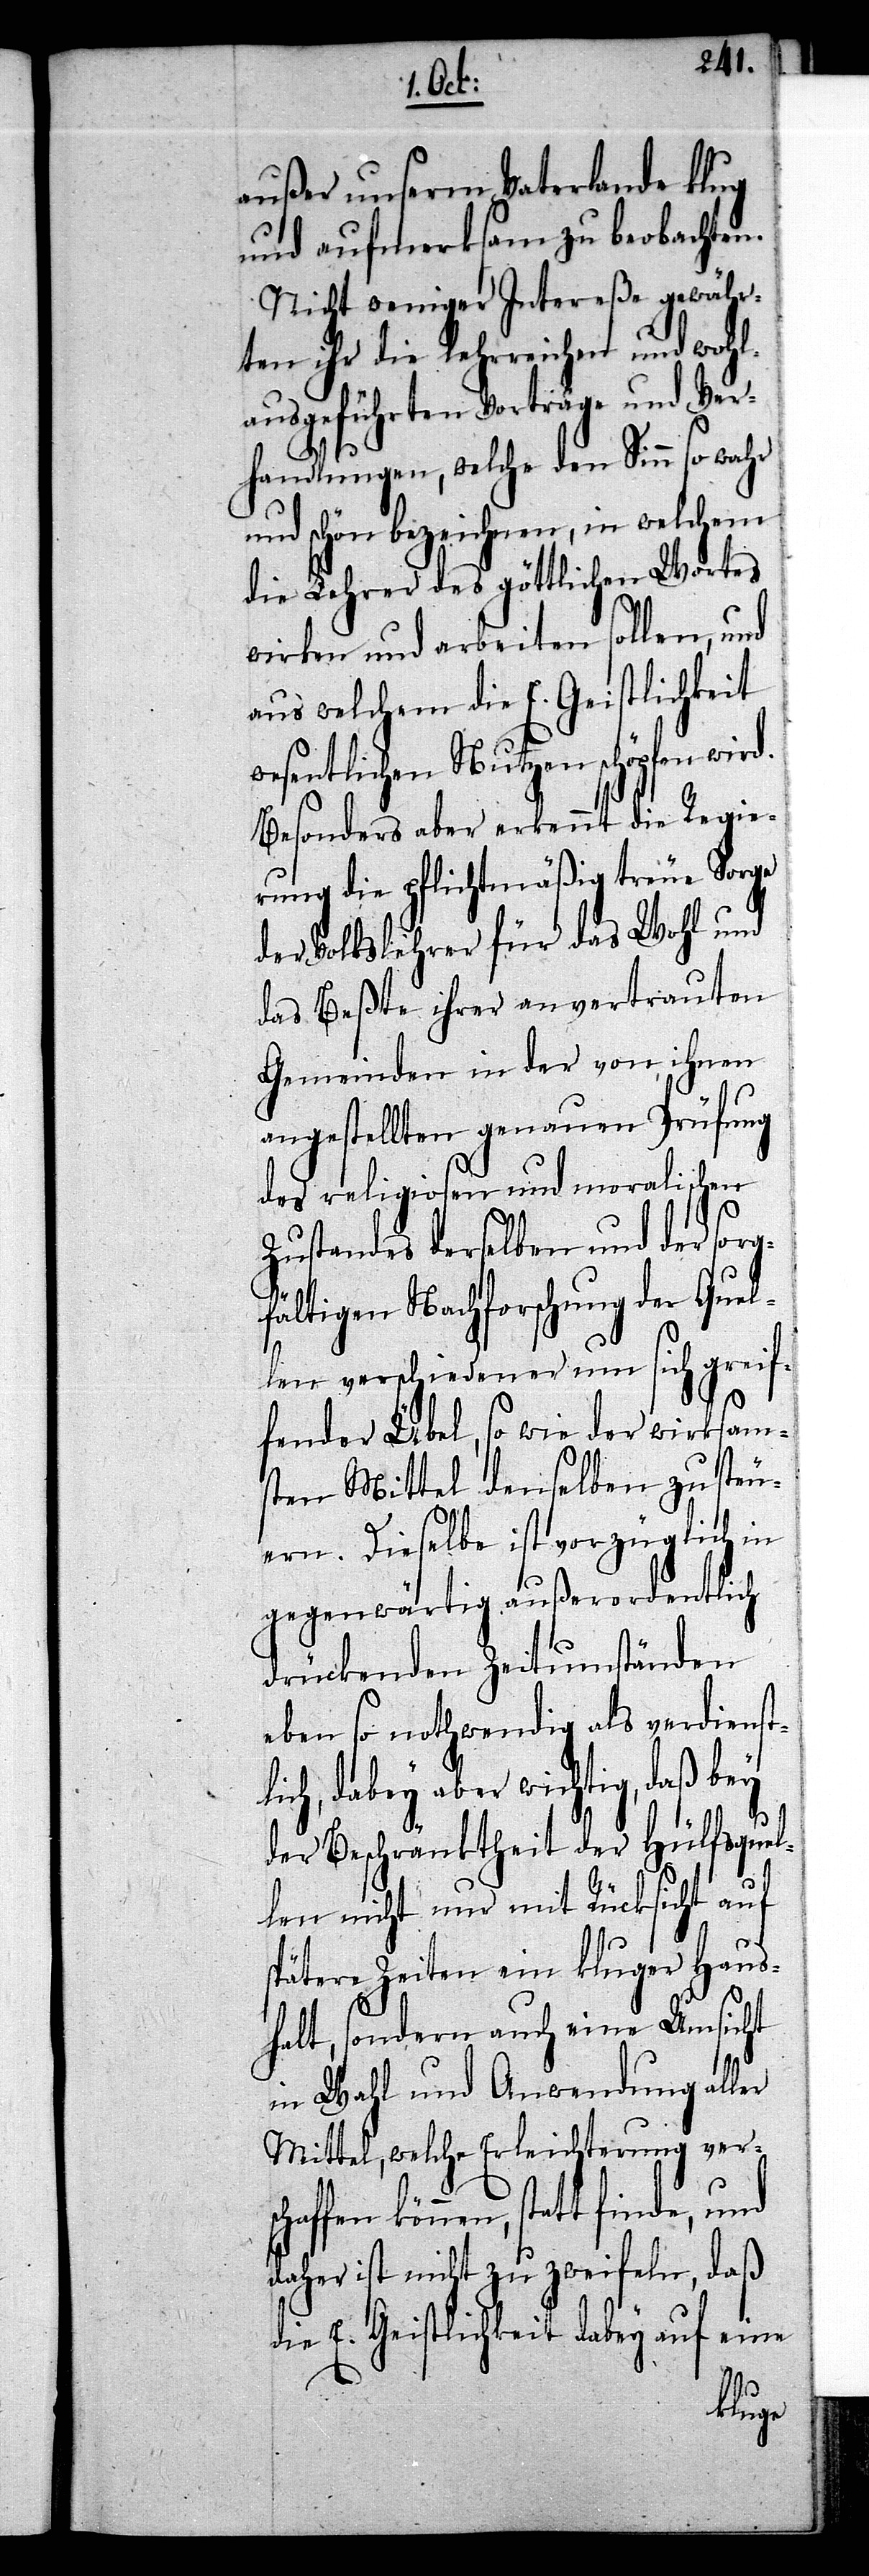
außer unserm Vaterlande klug
und aufmerksam zu beobachten.
Nicht weniger Intereße gewähr¬
ten ihr die lehrreichen und wohl¬
ausgeführten Vorträge und Ver¬
handlungen, welche den Sinn so wahr
und schön bezeichnen, in welchem
die Lehrer des göttlichen Wortes
wirken und arbeiten sollen, und
aus welchem die E. Geistlichkeit
wesentlichen Nutzen schöpfen wird.
Besonders aber erkennt die Regie¬
rung die pflichtmäßig treue Sorge
der Volkslehrer für das Wohl und
das Beßte ihrer anvertrauten
Gemeinden in der von ihnen
angestellten genauen Prüfung
des religiosen und moralischen
Zustandes derselben und der sorg¬
fältigen Nachforschung der Quel¬
len verschiedener um sich greif¬
fender Übel, so wie der wirksam¬
sten Mittel denselben zu steu¬
ern. Dieselbe ist vorzüglich in
gegenwärtig außerordentlich
drückenden Zeitumständen
eben so nothwendig als verdienst¬
lich, dabey aber wichtig, daß bey
der Beschränktheit der Hülfsquel¬
len nicht nur mit Rücksicht auf
spätere Zeiten ein kluger Haus¬
halt, sondern auch eine Umsicht
in Wahl und Anwendung aller
Mittel, welche Erleichterung vers¬
können, statt finde, und
daher ist nicht zu zweifeln, daß
eine
ie E. Geistlichkeit dabey auf
d¬
chaffen